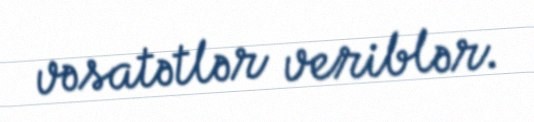
vəsatətlər veriblər.